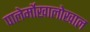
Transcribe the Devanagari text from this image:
पालेर्मोखालोखाल